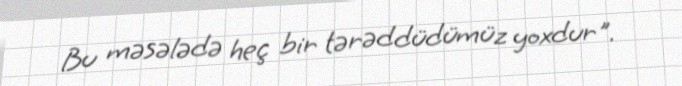
Bu məsələdə heç bir tərəddüdümüz yoxdur".